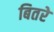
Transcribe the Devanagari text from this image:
बितरे